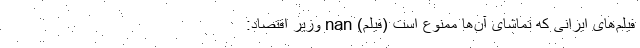
فیلم‌های ایرانی که تماشای آن‌ها ممنوع است (فیلم) nan وزیر اقتصاد: